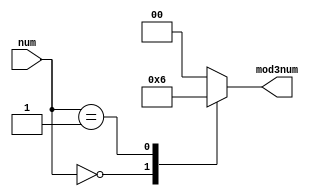
`timescale 1ns / 1ps

module mod3counter(
	input wire [1:0] num,
	output reg [1:0] mod3num
    );
	 
	 always@*
	 begin
	 case(num)
		0: mod3num = 2'b01;
		1: mod3num = 2'b10;
		2: mod3num = 2'b00;
		default: mod3num = 2'b00;
	 endcase
	 end


endmodule